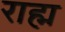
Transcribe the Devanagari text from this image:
राह्म